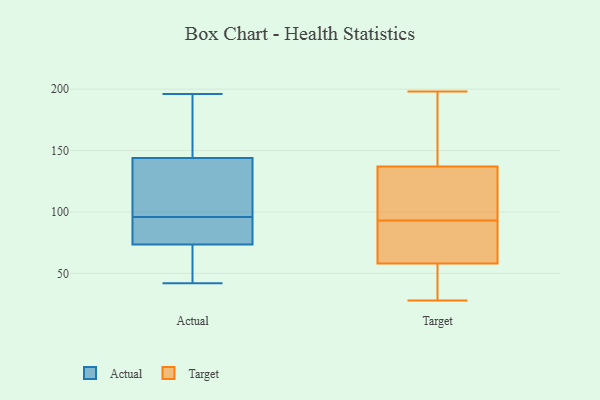
{"axis": {"x": "Revenue (USD Million)", "y": "Value"}, "legend": ["Actual", "Target"], "data": [{"x": "", "y": 73, "type": "Actual"}, {"x": "", "y": 120, "type": "Actual"}, {"x": "", "y": 152, "type": "Actual"}, {"x": "", "y": 100, "type": "Actual"}, {"x": "", "y": 90, "type": "Actual"}, {"x": "", "y": 42, "type": "Actual"}, {"x": "", "y": 117, "type": "Actual"}, {"x": "", "y": 58, "type": "Actual"}, {"x": "", "y": 96, "type": "Actual"}, {"x": "", "y": 48, "type": "Actual"}, {"x": "", "y": 75, "type": "Actual"}, {"x": "", "y": 168, "type": "Actual"}, {"x": "", "y": 79, "type": "Actual"}, {"x": "", "y": 193, "type": "Actual"}, {"x": "", "y": 196, "type": "Actual"}, {"x": "", "y": 77, "type": "Target"}, {"x": "", "y": 28, "type": "Target"}, {"x": "", "y": 155, "type": "Target"}, {"x": "", "y": 39, "type": "Target"}, {"x": "", "y": 70, "type": "Target"}, {"x": "", "y": 49, "type": "Target"}, {"x": "", "y": 128, "type": "Target"}, {"x": "", "y": 91, "type": "Target"}, {"x": "", "y": 93, "type": "Target"}, {"x": "", "y": 198, "type": "Target"}, {"x": "", "y": 109, "type": "Target"}, {"x": "", "y": 113, "type": "Target"}, {"x": "", "y": 149, "type": "Target"}, {"x": "", "y": 54, "type": "Target"}, {"x": "", "y": 140, "type": "Target"}]}